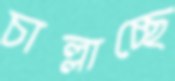
চাল্লাচ্ছে